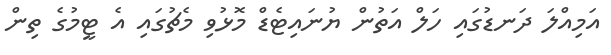
އަމިއްލަ ދަނޑުގައި ހަލް އަތުން ޔުނައިޓެޑް މޮޅުވި މެޗުގައި އެ ޓީމުގެ ތިން